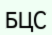
БЦС